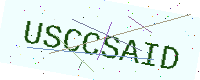
Text: USCCSAID